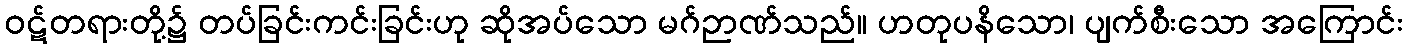
ဝဋ်တရားတို့၌ တပ်ခြင်းကင်းခြင်းဟု ဆိုအပ်သော မဂ်ဉာဏ်သည်။ ဟတုပနိသော၊ ပျက်စီးသော အကြောင်း